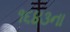
૧૬૪૩ના